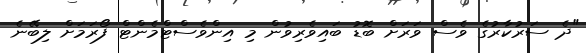
"ދެ ސަރުކާރުގެ ވެސް ވަރަށް ބޮޑު ބައިވެރިވުން މި އިންވެސްޓްމެންޓް ފޯރަމަށް ލިބޭނެ